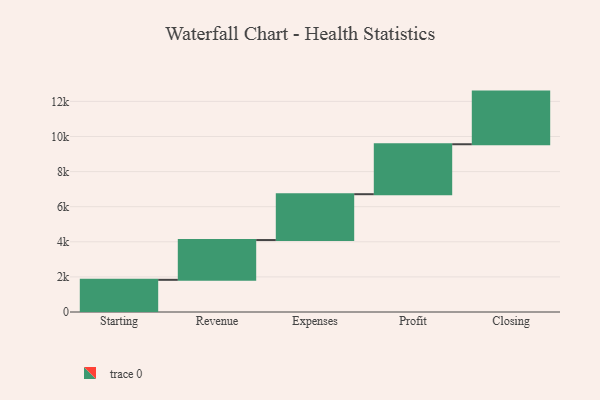
{"axis": {"x": "Step", "y": "Value"}, "legend": [""], "data": [{"x": "Starting", "y": 1833.0, "type": ""}, {"x": "Revenue", "y": 2267.0, "type": ""}, {"x": "Expenses", "y": 2612.0, "type": ""}, {"x": "Profit", "y": 2846.0, "type": ""}, {"x": "Closing", "y": 3000, "type": ""}]}